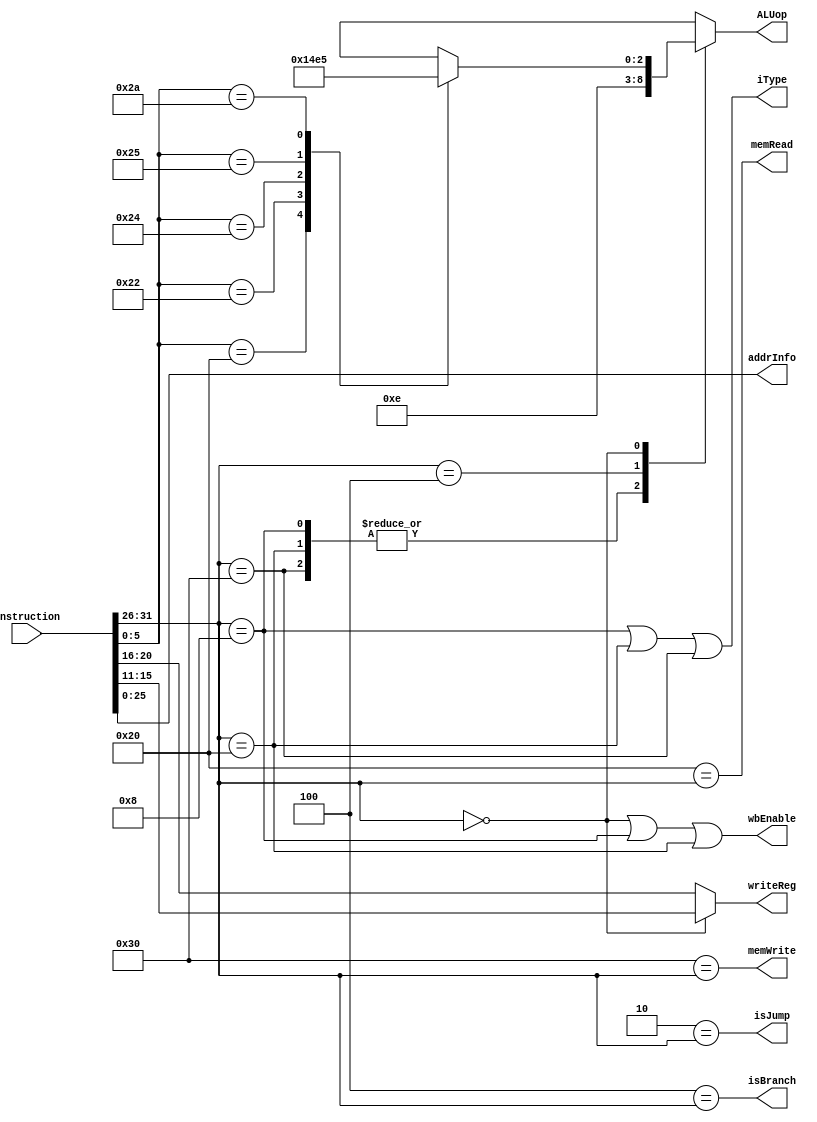
//  Suggestion:
//  Define  macros like the following commented block. That alllows you to use  meangful symbolic names (rather than 
// hard-to-parse and easy to  mangle) bit strings in the main code.


//Macros
//Defined as their opcodes
`define RType 6'h0
`define ADDI  6'h8
`define	LOAD  6'h20
`define	STORE 6'h30
`define	BEQ   6'h4
`define	JMP   6'h2

//Defined as their funct values
`define ADD  6'h20
`define SUB  6'h22
`define AND  6'h24
`define  OR  6'h25
`define SLT  6'h2A
`define NOP  6'h0

//Defined as part of instruction
`define OPCODE	instruction[31:26]
`define R_D		instruction[15:11]
`define R_T		instruction[20:16]
`define ADDRINFO	instruction[25:0]
`define FUNCT	instruction[5:0]



module insDecoder(instruction, addrInfo, ALUop, writeReg, memRead, memWrite, iType, wbEnable, isBranch, isJump);

input wire [31:0] instruction;
output wire [25:0] addrInfo;
output reg [2:0] ALUop;
output wire [4:0] writeReg;
output wire wbEnable, memRead, memWrite, iType, isBranch, isJump;


   /*
    Input: 
                   32-bit "instruction"
    Outputs:
    
    isBranch, isJump : TRUE  if instruction is branch or jump respectively; FALSE  otherwise.
    memRead: TRUE if instruction will read from data memory; FALSE otherwise.
    memWrite: TRUE if instruction will write to  data memory; FALSE otherwise.
    wbEnable: TRUE if instruction will write a result to a register; FALSE otherwise
    iType: TRUE if it is an IType instruction that is not a Branch; FALSE for Branch and non I-Type istructions.
    
    writeReg: id of register to be written; dont care if wbEnable is set to FALSE.
    addrInfo: the 26 LSBs of the instruction
    ALUop:  Defined by Table 2/
   
    */
	
	assign isBranch = 	(`BEQ == `OPCODE);
	assign isJump	 =	(`JMP == `OPCODE);
	assign memRead	 =	(`LOAD == `OPCODE);
	assign memWrite =	(`STORE == `OPCODE);
	assign wbEnable =	(`OPCODE == `RType || `OPCODE == `ADDI || `OPCODE == `LOAD);
	assign iType	 =	(`OPCODE == `ADDI || `OPCODE == `LOAD || `OPCODE == `STORE);
	assign writeReg =	(`OPCODE == `RType ? `R_D : `R_T);
	assign addrInfo =	 `ADDRINFO;

	always @(*) begin
	//TODO: add case for ALUop
	case (`OPCODE)
		`ADDI:	ALUop = 1;
		`LOAD:	ALUop = 1;
		`STORE:	ALUop = 1;
		`BEQ:	ALUop = 6;
		`RType:	begin
			case (`FUNCT)
				`ADD:	ALUop = 1;
				`SUB:	ALUop = 2;
				`AND:	ALUop = 3;
				`OR:	ALUop = 4;
				`SLT:	ALUop = 5;
				default:	ALUop = 3'hx;
			endcase
			end
		default:	ALUop = 3'hx;
	endcase
	end
endmodule